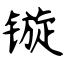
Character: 镟